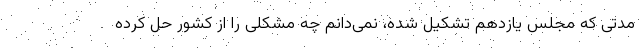
مدتی که مجلس یازدهم تشکیل شده، نمی‌دانم چه مشکلی را از کشور حل کرده